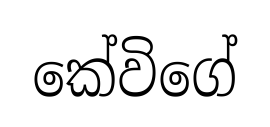
කේවිගේ